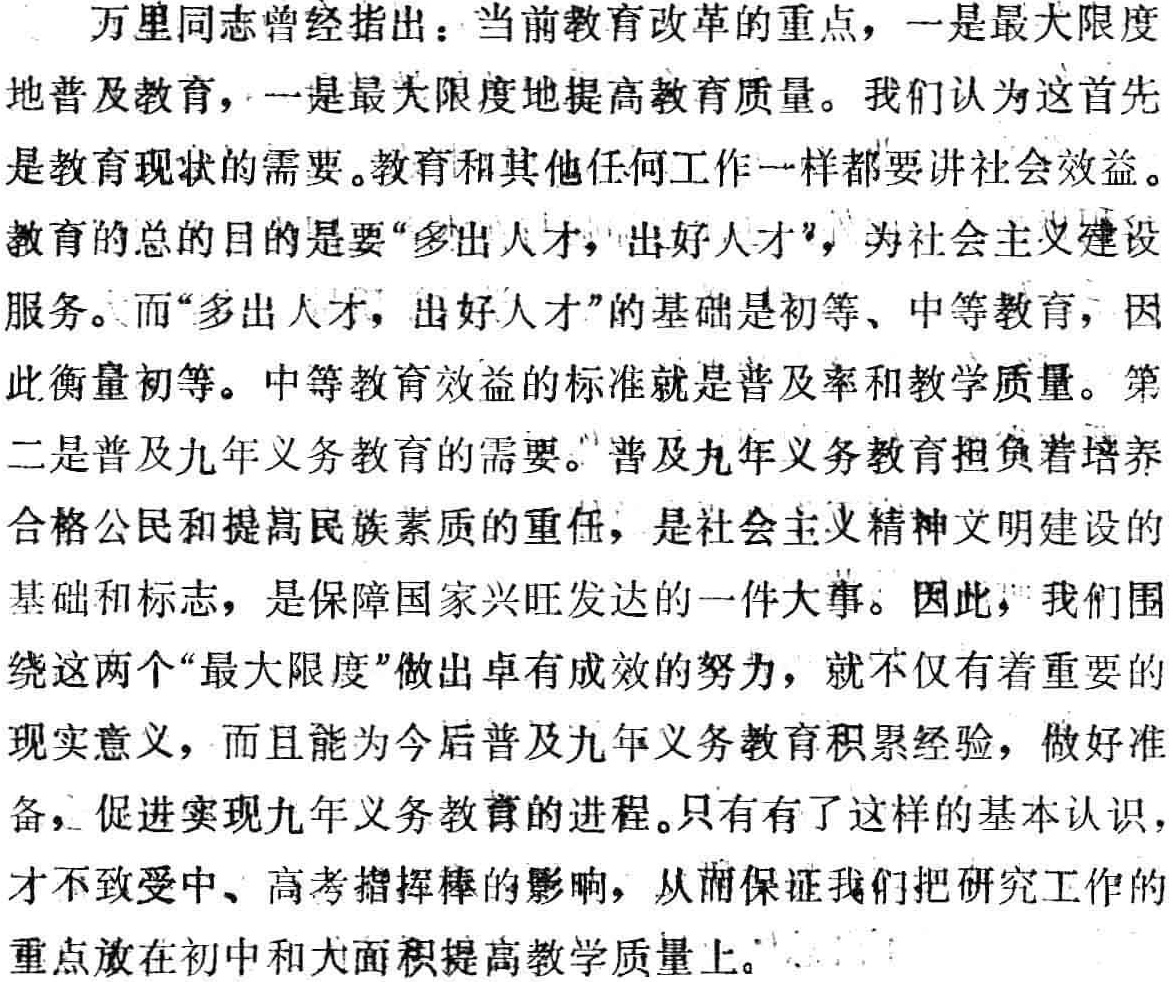
万里同志曾经指出：当前教育改革的重点，一是最大限度地普及教育，一是最大限度地提高教育质量。我们认为这首先是教育现状的需要。教育和其他任何工作一样都要讲社会效益。教育的总的目的是要“多出人才，出好人才”，为社会主义建设服务。而“多出人才，出好人才”的基础是初等、中等教育，因此衡量初等。中等教育效益的标准就是普及率和教学质量。第二是普及九年义务教育的需要。“普及九年义务教育担负着培养合格公民和提高民族素质的重任，是社会主义精神文明建设的基础和标志，是保障国家兴旺发达的一件大事。因此，我们围绕这两个“最大限度”做出卓有成效的努力，就不仅有着重要的现实意义，而且能为今后普及九年义务教育积累经验，做好准备，促进实现九年义务教育的进程。只有有了这样的基本认识，才不致受中、高考指挥棒的影响，从而保证我们把研究工作的重点放在初中和大面积提高教学质量上。